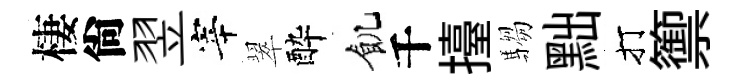
棲尙翌宰翠酔飢千擡騶黜打籞